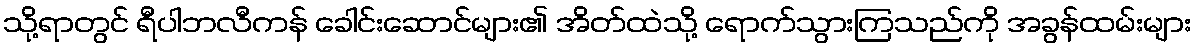
သို့ရာတွင် ရီပါဘလီကန် ခေါင်းဆောင်များ၏ အိတ်ထဲသို့ ရောက်သွားကြသည်ကို အခွန်ထမ်းများ